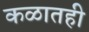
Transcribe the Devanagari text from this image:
कळातही